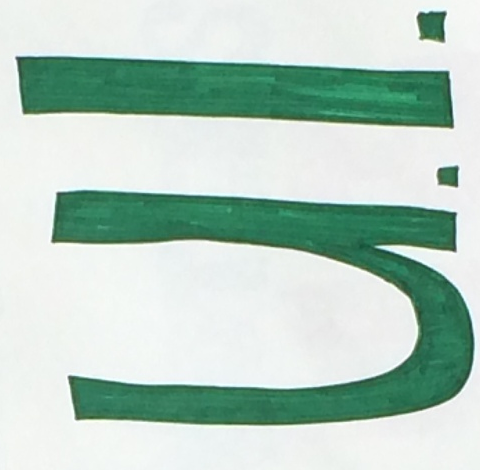
u.I.